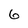
Character: 6